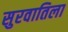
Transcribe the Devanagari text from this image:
सुरवातिला